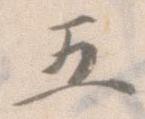
五